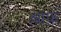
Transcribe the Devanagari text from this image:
श्लाफ़